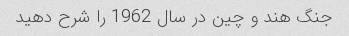
جنگ هند و چین در سال 1962 را شرح دهید